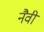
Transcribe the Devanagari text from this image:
नैवी